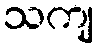
သကျ